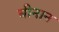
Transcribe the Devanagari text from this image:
चीनान